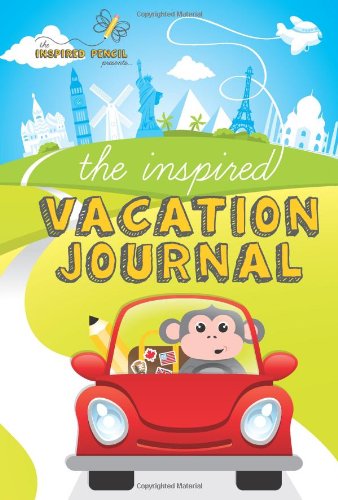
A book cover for The Inspired Vacation Journal; Kim LaCroix; Travel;